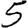
Digit: 5